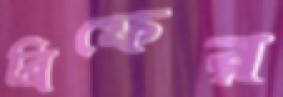
ব্রিফের